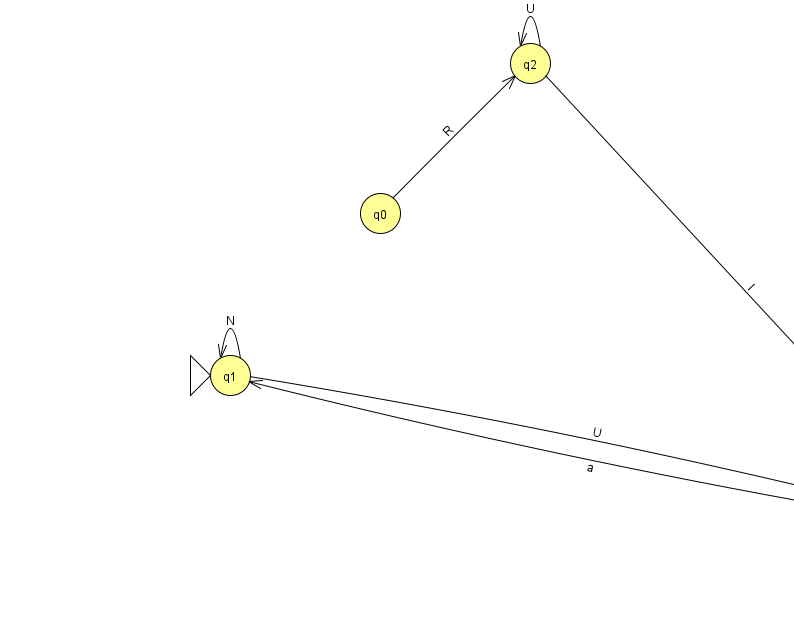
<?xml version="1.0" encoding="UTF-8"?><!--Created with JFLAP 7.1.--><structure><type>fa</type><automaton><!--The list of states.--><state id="0" name="q0"><x>380.0</x><y>200.0</y></state><state id="1" name="q1"><x>230.0</x><y>362.0</y><initial/></state><state id="2" name="q2"><x>530.0</x><y>50.0</y></state><state id="3" name="q3"><x>959.0</x><y>513.0</y><final/></state><!--The list of transitions.--><transition><from>0</from><to>2</to><read>R</read></transition><transition><from>1</from><to>3</to><read>U</read></transition><transition><from>2</from><to>2</to><read>U</read></transition><transition><from>2</from><to>3</to><read>I</read></transition><transition><from>3</from><to>1</to><read>a</read></transition><transition><from>1</from><to>1</to><read>N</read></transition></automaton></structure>